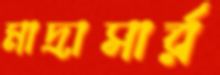
মাদ্রাসার্র